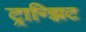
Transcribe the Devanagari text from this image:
ट्रान्झिट